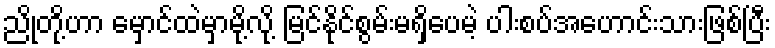
ညိုတို့ဟာ မှောင်ထဲမှာမို့လို့ မြင်နို်င်စွမ်းမရှိပေမဲ့ ပါးစပ်အဟောင်းသားဖြစ်ပြီး